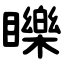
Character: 䁻